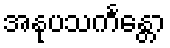
အနုပသင်္ကန္တော